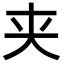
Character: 夹